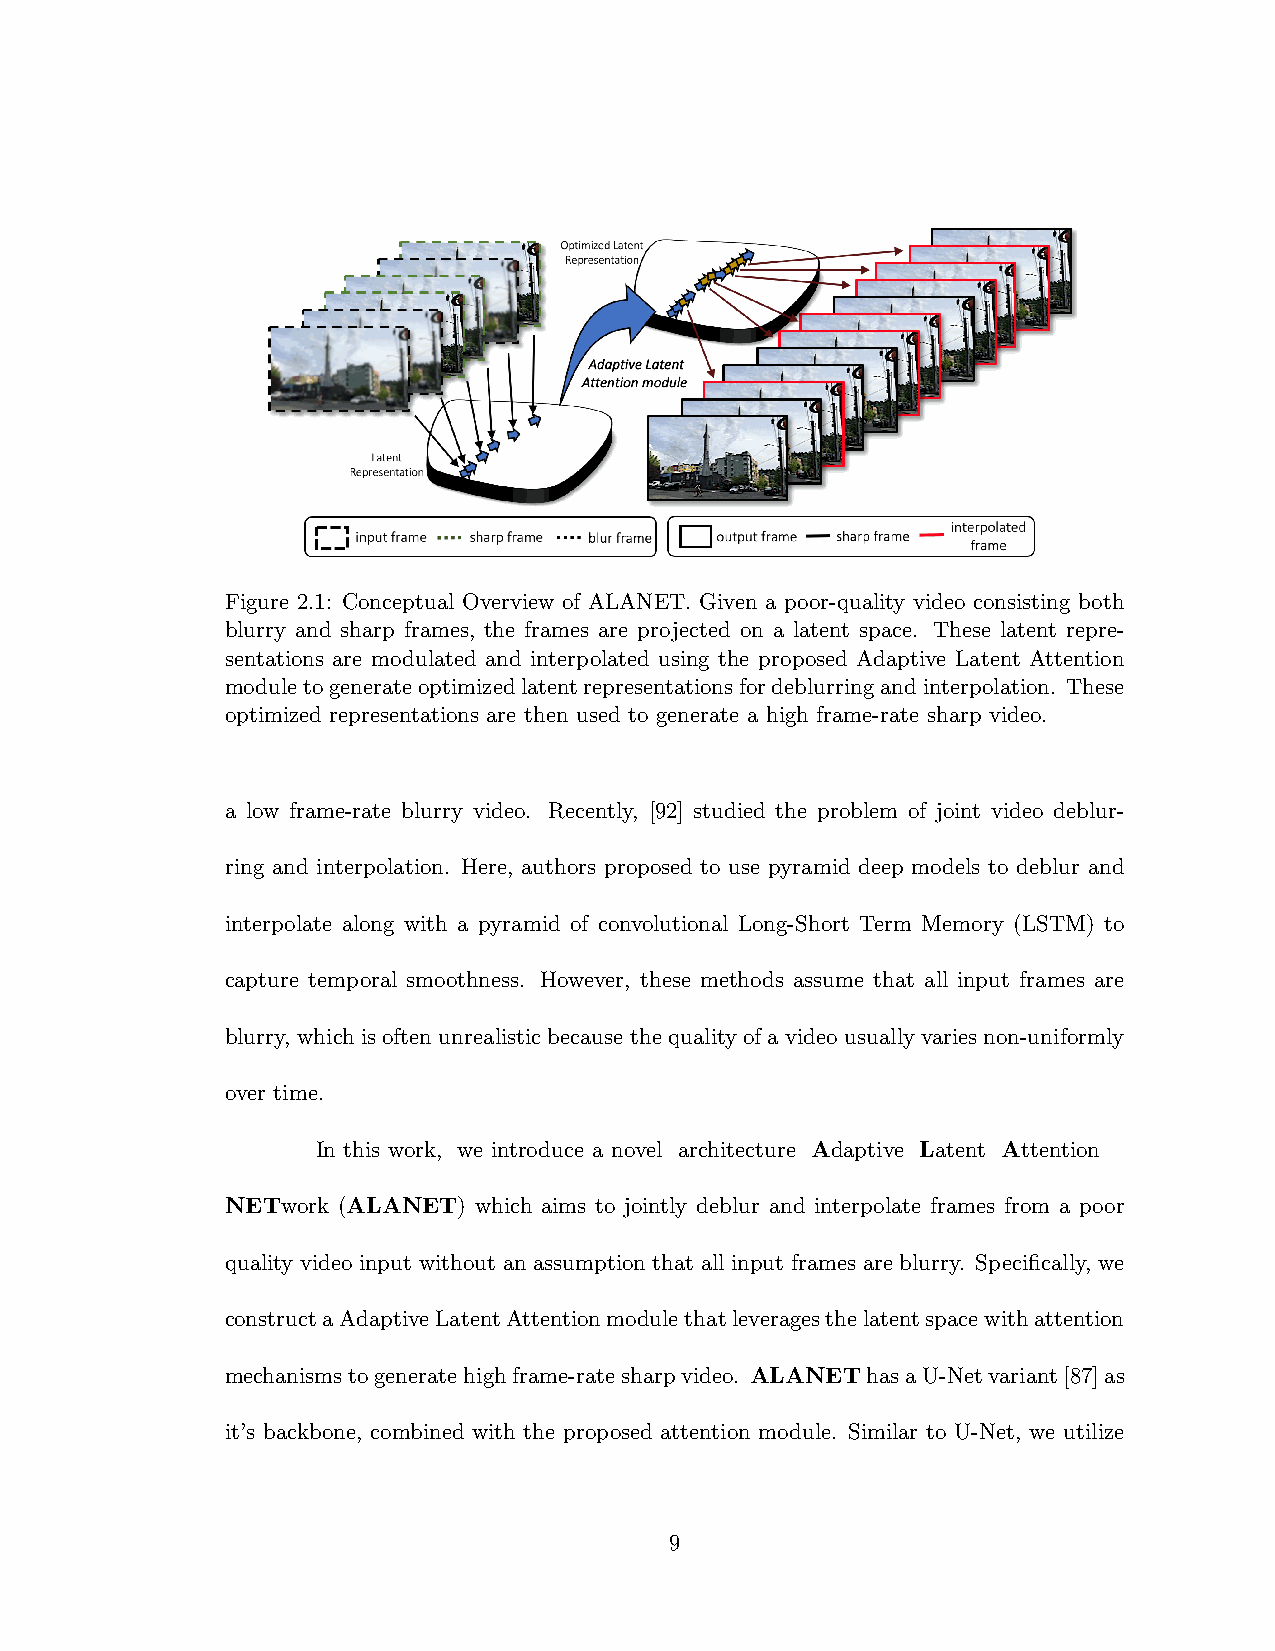
Figure 2.1: Conceptual Overview of ALANET. Given a poor-quality video consisting both
 blurry and sharp frames, the frames are projected on a latent space. These latent repre-
 sentations are modulated and interpolated using the proposed Adaptive Latent Attention
 moduletogenerateoptimizedlatentrepresentationsfordeblurringandinterpolation. These
 optimized representations are then used to generate a high frame-rate sharp video.
 a low frame-rate blurry video. Recently, [92] studied the problem of joint video deblur-
 ring and interpolation. Here, authors proposed to use pyramid deep models to deblur and
 interpolate along with a pyramid of convolutional Long-Short Term Memory (LSTM) to
 capture temporal smoothness. However, these methods assume that all input frames are
 blurry, which is often unrealistic because the quality of a video usually varies non-uniformly
 over time.
 In this work, we introduce a novel architecture Adaptive Latent Attention
 NETwork (ALANET) which aims to jointly deblur and interpolate frames from a poor
 quality video input without an assumption that all input frames are blurry. Specifically, we
 constructaAdaptiveLatentAttentionmodulethatleveragesthelatentspacewithattention
 mechanismstogeneratehighframe-ratesharpvideo. ALANEThasaU-Netvariant[87]as
 it’s backbone, combined with the proposed attention module. Similar to U-Net, we utilize
 9